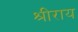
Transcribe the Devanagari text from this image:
श्रीराय